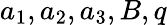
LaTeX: a_{1},a_{2},a_{3},B,q